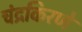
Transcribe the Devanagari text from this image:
चंद्रकिरणे